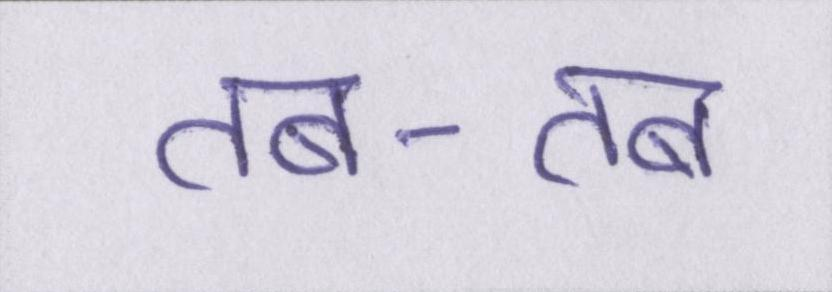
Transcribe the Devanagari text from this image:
तब-तब